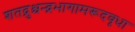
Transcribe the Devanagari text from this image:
शतद्रुश्चन्द्रभागामरूदवृधा